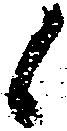
候